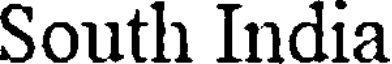
South India